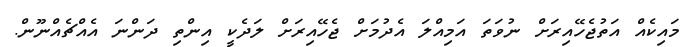
މައިކެއް އަތުޖެހޭއިރަށް ނުވަތަ އަމިއްލަ އެދުމަށް ޖެހޭއިރަށް ލަދެކީ އިންތި ދަންނަ އެއްޗެއްނޫން.